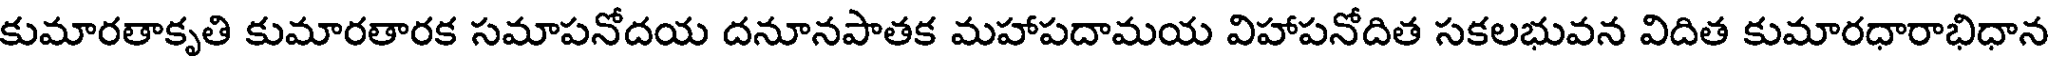
కుమారతాకృతి కుమారతారక సమాపనోదయ దనూనపాతక మహాపదామయ విహాపనోదిత సకలభువన విదిత కుమారధారాభిధాన